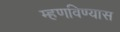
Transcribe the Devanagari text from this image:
म्हणविण्यास